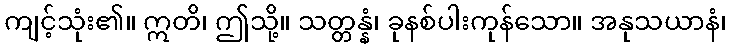
ကျင့်သုံး၏။ ဣတိ၊ ဤသို့။ သတ္တန္နံ၊ ခုနစ်ပါးကုန်သော။ အနုသယာနံ၊